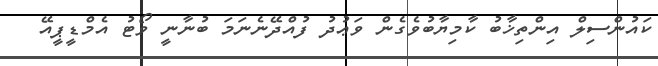
ކައުންސިލް އިންތިޚާބު ކާމިޔާބުވެގެން ވަޢުދު ފުއްދޭނެނަމަ ބުނާނީ ވޯޓު އެމްޑީޕީއޭ